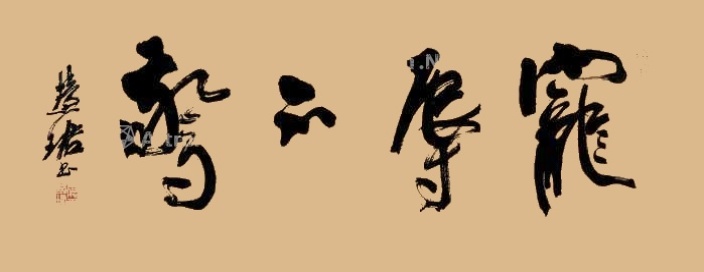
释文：宠辱不惊慧珺书。